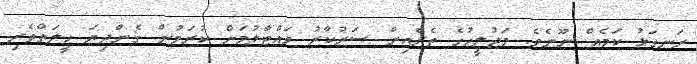
ރަނގަޅު ކަމެއް ނޫނެވެ. މަޖުލީހުގެ ތެރެއިން ސަރުކާރު ވައްޓާލުމަށް ކުރަމުން ގެންދިޔަ ހީލަތްތެެރި